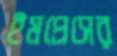
ইমপ্রেসের